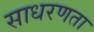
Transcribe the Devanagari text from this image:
साधरणता